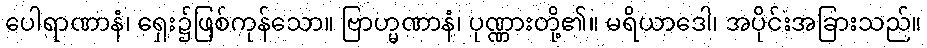
ပေါရာဏာနံ၊ ရှေး၌ဖြစ်ကုန်သော။ ဗြာဟ္မဏာနံ၊ ပုဏ္ဏားတို့၏။ မရိယာဒေါ၊ အပိုင်းအခြားသည်။